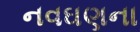
નવઘણના